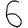
Digit: 6